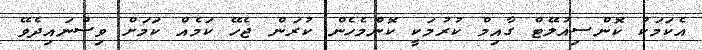
އެކަމަކު ކޮންސިއުލޭޓް ގާއިމް ކުރުމަކީ ކޮންމެހެން ކުރަން ޖެހޭ ކަމެއް ކަމަށް ވިސްނައިދެވޭ